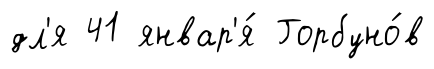
дл'я 41 январ'я́ Горбуно́в